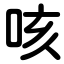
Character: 咳